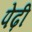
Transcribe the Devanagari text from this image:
पेढ़ी